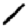
Digit: 1